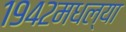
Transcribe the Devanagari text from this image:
१९४२मधल्या